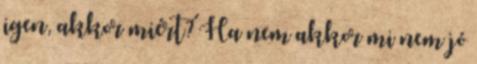
igen, akkor miért? Ha nem akkor mi nem jó